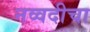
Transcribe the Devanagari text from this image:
नव्वदीचा